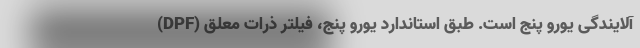
آلایندگی یورو پنج است. طبق استاندارد یورو پنج، فیلتر ذرات معلق (DPF)